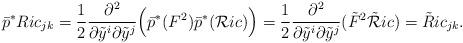
LaTeX: \begin{align*}\bar p^*Ric_{jk}=\frac{1}{2}\frac{\partial^2}{\partial\tilde y^i\partial\tilde y^j}\Big(\bar p^*(F^{2})\bar p^*(\mathcal{R}ic)\Big)=\frac{1}{2}\frac{\partial^2}{\partial\tilde y^i\partial\tilde y^j}(\tilde F^{2}\tilde{ \mathcal{R}}ic)=\tilde Ric_{jk}.\end{align*}